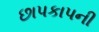
છાપકાપની